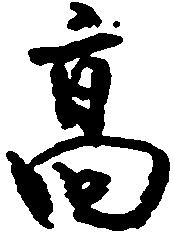
高